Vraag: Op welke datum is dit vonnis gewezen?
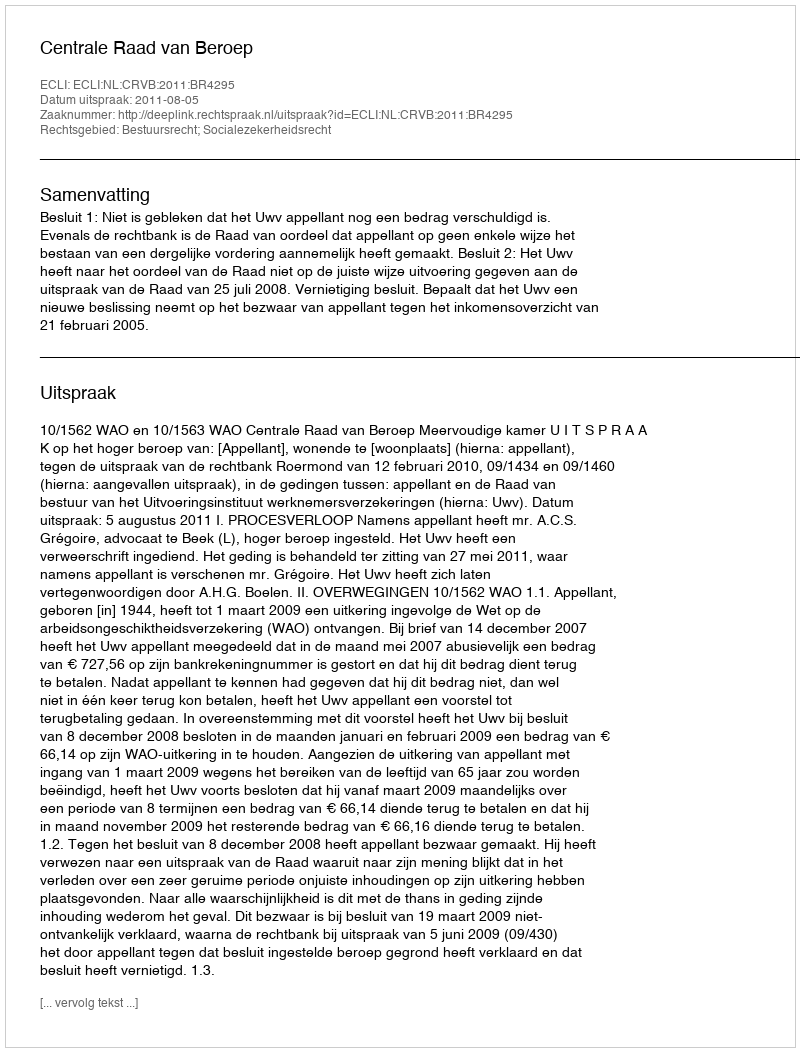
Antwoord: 2011-08-05